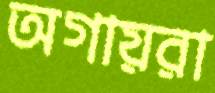
অগায়রা